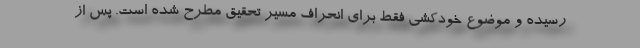
رسیده و موضوع خودکشی فقط برای انحراف مسیر تحقیق مطرح شده است. پس از